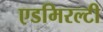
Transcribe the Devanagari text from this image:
एडमिरल्‍टी